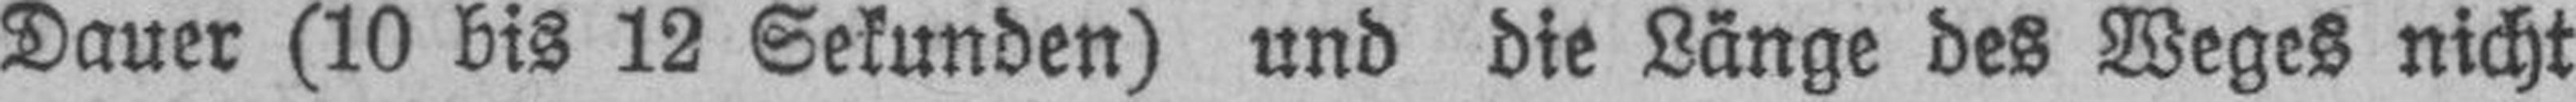
Dauer (10 bis 12 Sekunden) und die Länge des Weges nicht